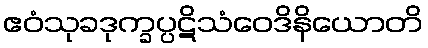
ဧဝံသုခဒုက္ခပ္ပဋိသံဝေဒိနိယောတိ